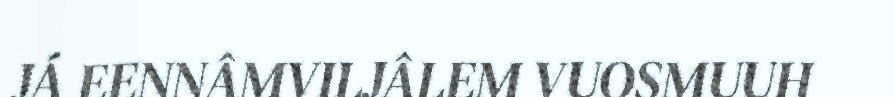
JÁ EENNÂMVILJÂLEM VUOSMUUH